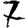
Digit: 7